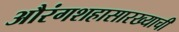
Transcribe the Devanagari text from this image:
औरंगशहासारख्याची